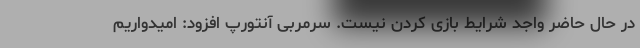
در حال حاضر واجد شرایط بازی کردن نیست. سرمربی آنتورپ افزود: امیدواریم